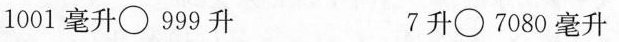
$$1001毫升\bigcirc 999升$$ $$7升\bigcirc 7080毫升$$